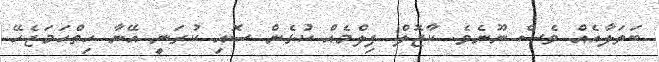
ބަތަލާއެއް ވެސް ނޫނެވެ. ކާޖޮލް ފިލްމެއް ކުޅެން ސޮއި ކުރަނީ އޭނާ ހިތްހަމަޖެހޭ